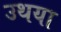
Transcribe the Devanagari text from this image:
उथया